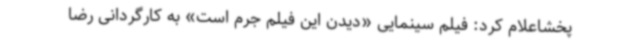
پخشاعلام کرد: فیلم سینمایی «دیدن این فیلم جرم است» به کارگردانی رضا